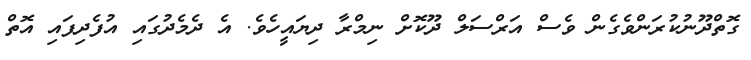
ގޮތްދޫނުކުރަންވެގެން ވެސް އަރްސަލް ދޫކޮށް ނިމްރާ ދިޔައީހެވެ. އެ ދެމެދުގައި އުފެދިފައި އޮތް